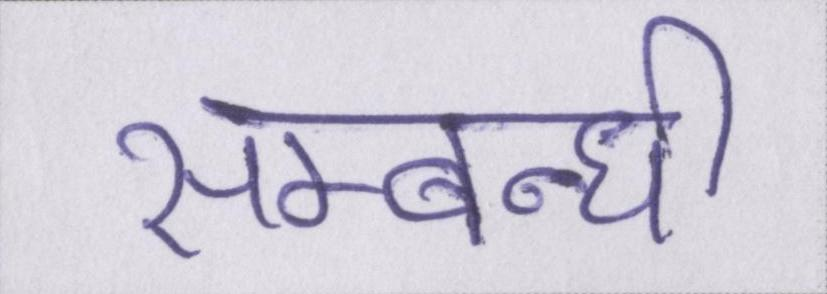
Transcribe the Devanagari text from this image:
सम्बन्धी